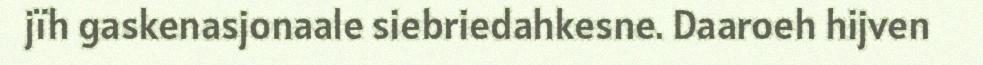
jïh gaskenasjonaale siebriedahkesne. Daaroeh hijven